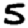
Digit: 5